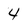
Character: 4